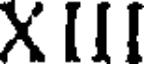
X III